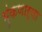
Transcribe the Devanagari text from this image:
भुंकणाऱ्या